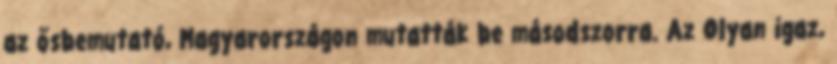
az ősbemutató, Magyarországon mutatták be másodszorra. Az Olyan igaz,